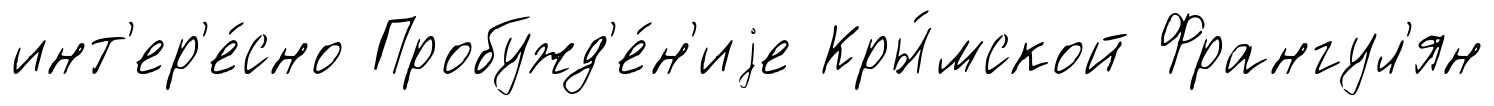
инт'ер'е́сно Пробужд'е́н'иjе Кры́мской Франгул'ян